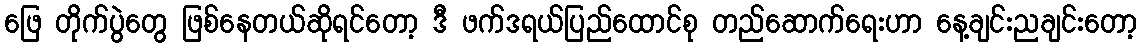
ဖြေ တိုက်ပွဲတွေ ဖြစ်နေတယ်ဆိုရင်တော့ ဒီ ဖက်ဒရယ်ပြည်ထောင်စု တည်ဆောက်ရေးဟာ နေ့ချင်းညချင်းတော့